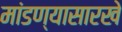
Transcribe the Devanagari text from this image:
मांडण्यासारखे